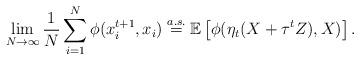
LaTeX: \begin{align*}\lim_{N\rightarrow\infty}\frac{1}{N}\sum_{i=1}^{N}\phi(x^{t+1}_i,x_i)\overset{a.s.}{=}\mathbb{E}\left[\phi(\eta_t(X+\tau^tZ),X)\right].\end{align*}